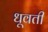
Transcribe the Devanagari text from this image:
धूवती